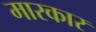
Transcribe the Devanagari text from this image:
मारकार